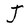
Character: J